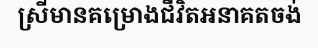
ស្រីមានគម្រោងជីវិតអនាគតចង់